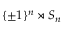
\{ \pm 1 \} ^ { n } \rtimes S _ { n }